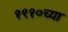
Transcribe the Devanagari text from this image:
१९१०च्या